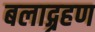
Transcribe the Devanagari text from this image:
बलाद्ग्रहण